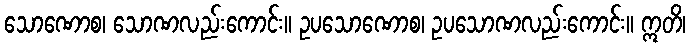
သောဏောစ၊ သောဏလည်းကောင်း။ ဥပသောဏောစ၊ ဥပသောဏလည်းကောင်း။ ဣတိ၊